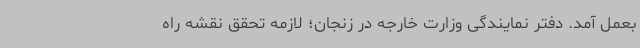
بعمل آمد. دفتر نمایندگی وزارت خارجه در زنجان؛ لازمه تحقق نقشه‌ راه